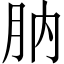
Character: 肭